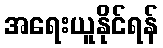
အရေးယူနိုင်ရန်